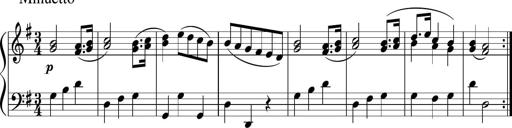
Title: 12 Keyboard Sonatinas
Composer: James Hook